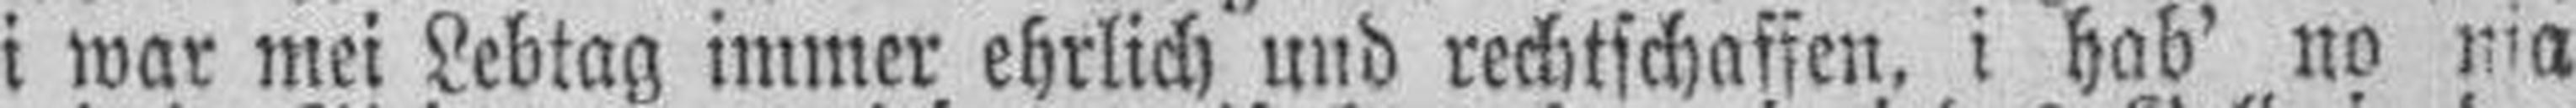
i war mei Lebtag immer ehrlich und rechtschaffen, i hab' no nia